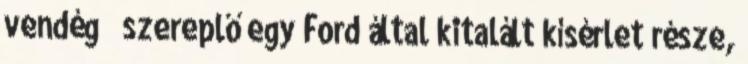
vendég szereplő egy Ford által kitalált kísérlet része,